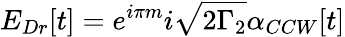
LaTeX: E_{Dr}[t]=e^{i\pi m}i\sqrt{2\Gamma_{2}}\alpha_{CCW}[t]